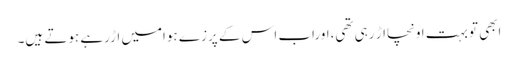
ابھی توبہت اونچااڑ رہی تھی،اوراب اس کے پرزے ہوامیں اڑرہے ہوتے ہیں۔